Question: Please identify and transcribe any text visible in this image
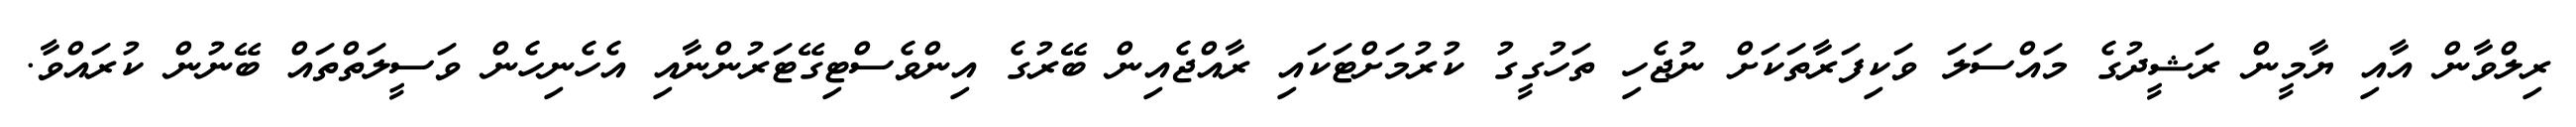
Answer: ރިލްވާން އާއި ޔާމީން ރަޝީދުގެ މައްސަލަ ވަކިފަރާތަކަށް ނުޖެހި ތަހުގީގު ކުރުމަށްޓަކައި ރާއްޖެއިން ބޭރުގެ އިންވެސްޓިގޭޓަރުންނާއި އެހެނިހެން ވަސީލަތްތައް ބޭނުން ކުރައްވާ.